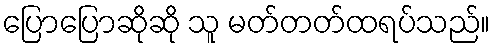
ပြောပြောဆိုဆို သူ မတ်တတ်ထရပ်သည်။